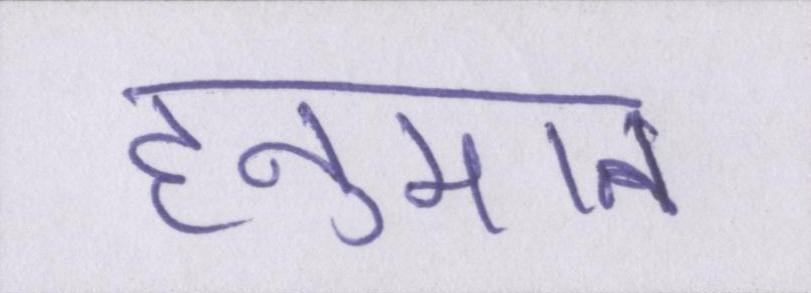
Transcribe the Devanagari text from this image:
हनुमान